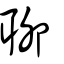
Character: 聊